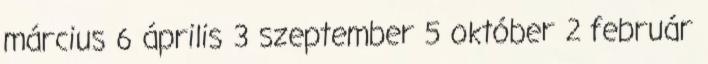
március 6 április 3 szeptember 5 október 2 február